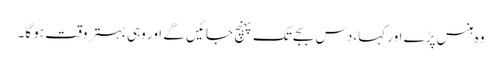
وہ ہنس پڑے اور کہا،دس بجے تک پہنچ جائیں گے اور وہی بہتر وقت ہو گا۔